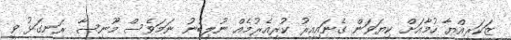
ޒަކަރިއްޔާ ހުމާއަށް ކިޔަވަން ގެނައިއިރު ކުރިއެރުމެއް ނުލިބުނު ނަމަވެސް މޫނިސާ ރަނގަޅު ވީ